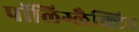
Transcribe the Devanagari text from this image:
पॉलिग्लैक्टिन